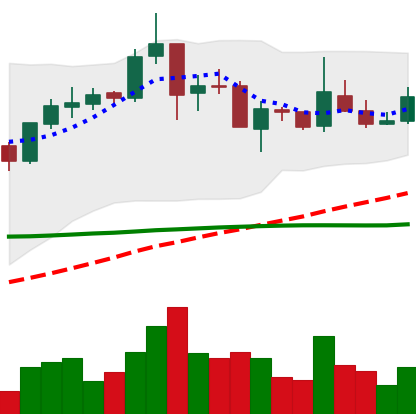
Ticker: TRX-USD
Chart end date: 2019-02-08
Forward return: -9.668%
Label: down_7plus